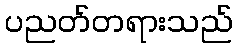
ပညတ်တရားသည်